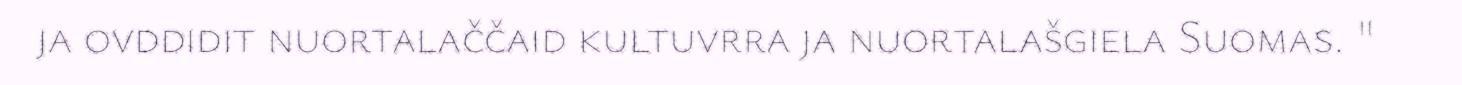
ja ovddidit nuortalaččaid kultuvrra ja nuortalašgiela Suomas. "